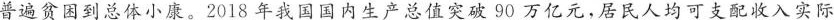
普遍贫困到总体小康。2018年我国国内生产总值突破90万亿元，居民人均可支配收入实际